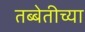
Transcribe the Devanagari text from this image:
तब्बेतीच्या